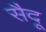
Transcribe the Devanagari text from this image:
सैदू